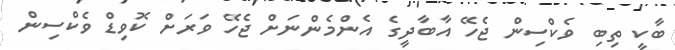
ބާކީ ތިބި ވެކްސިން ޖެހޭ އާބާދީގެ އެންމެންނަށް ޖެހޭ ވަރަށް ކޮވިޑް ވެކްސިން